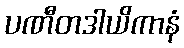
ပဏီတဒါယိကာနံ